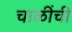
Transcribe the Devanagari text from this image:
चाळींची